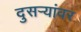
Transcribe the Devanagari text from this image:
दुसर्‍यांवर